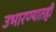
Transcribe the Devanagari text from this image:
उभारण्यातही